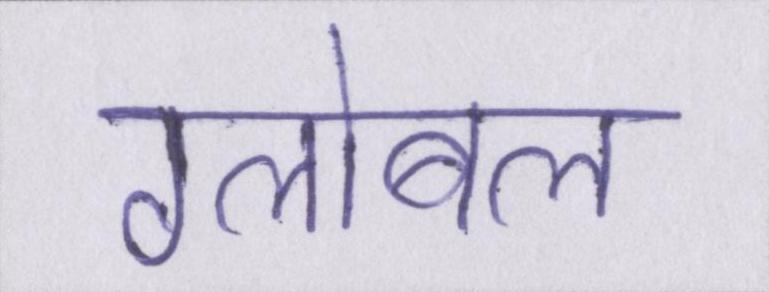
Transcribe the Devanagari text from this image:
ग्लोबल